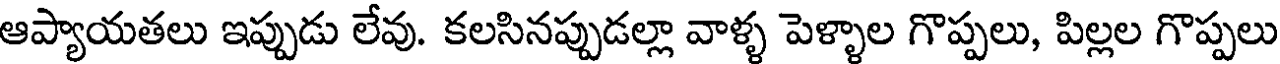
ఆప్యాయతలు ఇప్పుడు లేవు. కలసినప్పుడల్లా వాళ్ళ పెళ్ళాల గొప్పలు, పిల్లల గొప్పలు